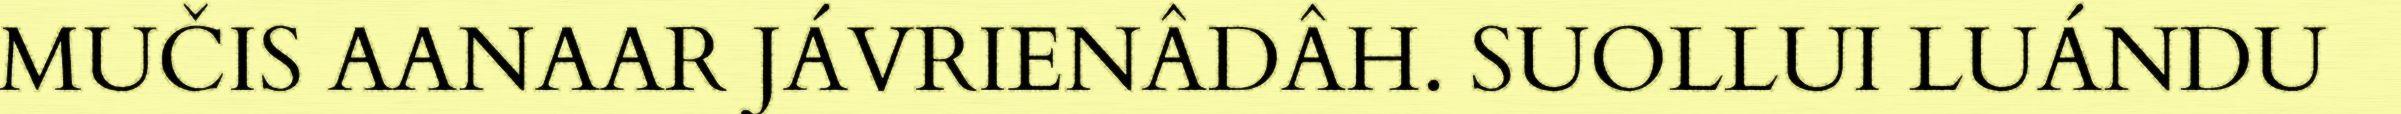
MUČIS AANAAR JÁVRIENÂDÂH. SUOLLUI LUÁNDU